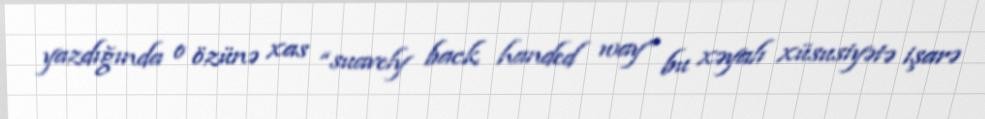
yazdığında o özünə xas “suavely back handed way” bu xəyalı xüsusiyətə işarə